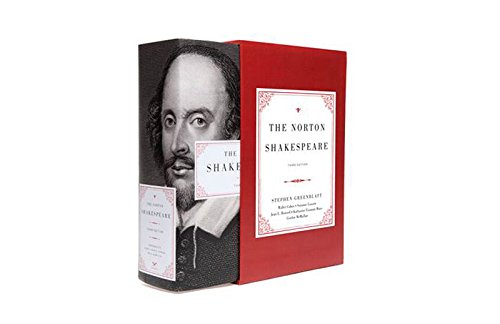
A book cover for The Norton Shakespeare (Third Edition); Literature & Fiction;